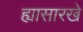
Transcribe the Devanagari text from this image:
ह्यासारखे